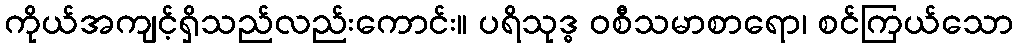
ကိုယ်အကျင့်ရှိသည်လည်းကောင်း။ ပရိသုဒ္ဓ ဝစီသမာစာရော၊ စင်ကြယ်သော